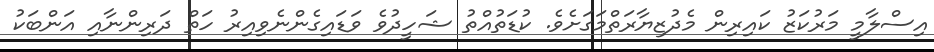
އިސްލާމީ މަރުކަޒު ކައިރިން މެދުޒިޔާރަތްމަގަށެވެ. ކުޑަތުއްތު ޝަހީދުވެ ވަޑައިގެންނެވިއިރު ހަތް ދަރިންނާއި އަންބަކު